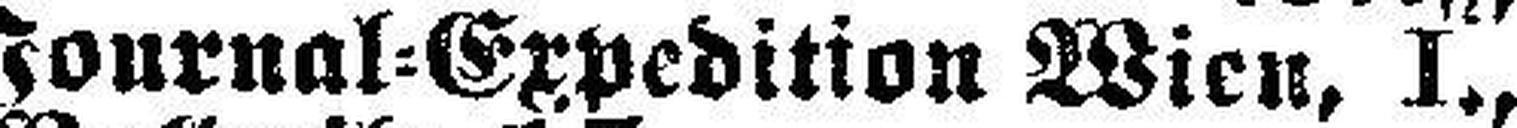
Journal=Expedition Wien, I.,